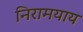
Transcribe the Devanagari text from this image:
निरामयाय